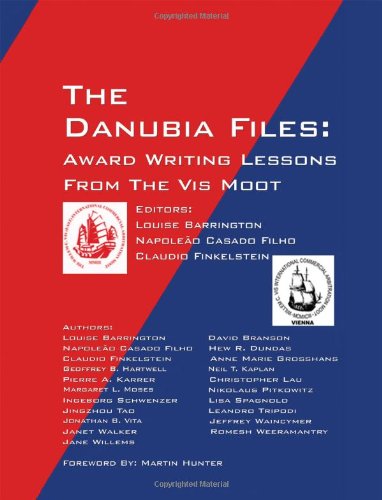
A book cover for The Danubia Files: Award Writing Lessons From the Vis Moot; Law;